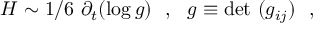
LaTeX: H \sim 1 / 6 ~ \partial _ { t } ( \log g ) ~ ~ , ~ ~ g \equiv \mathrm { d e t } ~ ( g _ { i j } ) ~ ~ ,